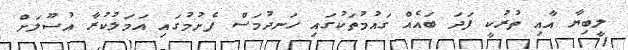
ލީބިޔާ އާއި ތުރުކީ ފަދަ ބައެއް ގައުމުތަކުގައި ހަނދުމަސް ފެށުމުގައި އަމަލުކުރާ އުސޫލަށް